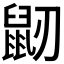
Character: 𪔺